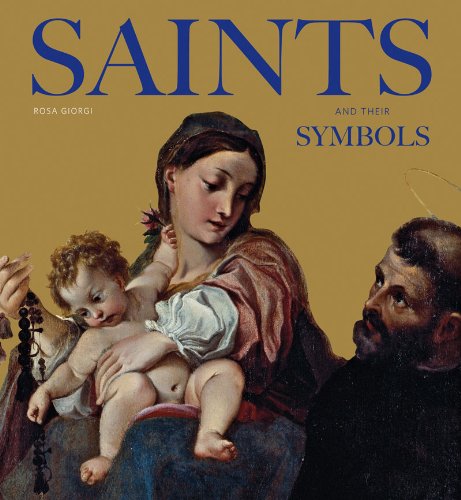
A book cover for Saints and Their Symbols; Rosa Giorgi; Arts & Photography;